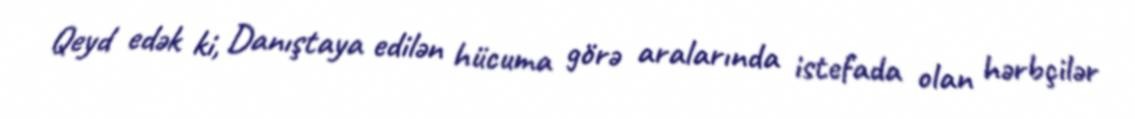
Qeyd edək ki, Danıştaya edilən hücuma görə aralarında istefada olan hərbçilər